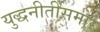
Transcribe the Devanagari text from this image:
युद्धनीतीसमोर